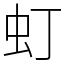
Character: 虰